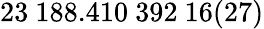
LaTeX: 23~188.410~392~16(27)